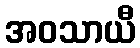
အဝသာယီ